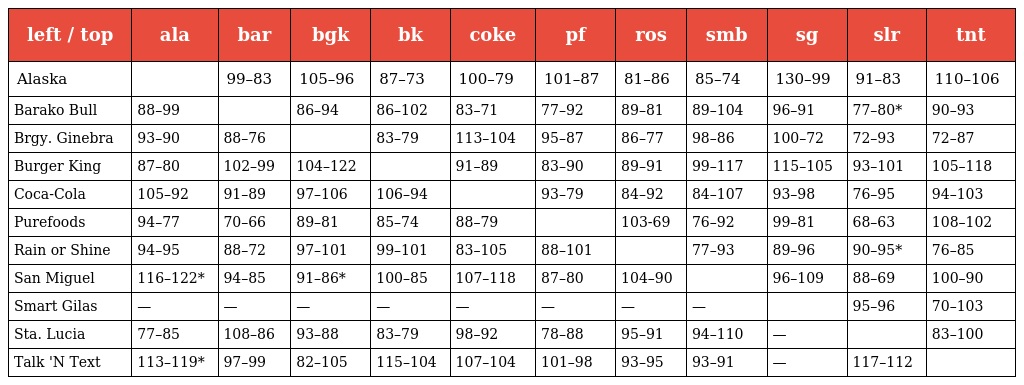
| left / top | ala | bar | bgk | bk | coke | pf | ros | smb | sg | slr | tnt |
 | --- | --- | --- | --- | --- | --- | --- | --- | --- | --- | --- | --- |
 | Alaska |  | 99–83 | 105–96 | 87–73 | 100–79 | 101–87 | 81–86 | 85–74 | 130–99 | 91–83 | 110–106 |
 | Barako Bull | 88–99 |  | 86–94 | 86–102 | 83–71 | 77–92 | 89–81 | 89–104 | 96–91 | 77–80* | 90–93 |
 | Brgy. Ginebra | 93–90 | 88–76 |  | 83–79 | 113–104 | 95–87 | 86–77 | 98–86 | 100–72 | 72–93 | 72–87 |
 | Burger King | 87–80 | 102–99 | 104–122 |  | 91–89 | 83–90 | 89–91 | 99–117 | 115–105 | 93–101 | 105–118 |
 | Coca-Cola | 105–92 | 91–89 | 97–106 | 106–94 |  | 93–79 | 84–92 | 84–107 | 93–98 | 76–95 | 94–103 |
 | Purefoods | 94–77 | 70–66 | 89–81 | 85–74 | 88–79 |  | 103-69 | 76–92 | 99–81 | 68–63 | 108–102 |
 | Rain or Shine | 94–95 | 88–72 | 97–101 | 99–101 | 83–105 | 88–101 |  | 77–93 | 89–96 | 90–95* | 76–85 |
 | San Miguel | 116–122* | 94–85 | 91–86* | 100–85 | 107–118 | 87–80 | 104–90 |  | 96–109 | 88–69 | 100–90 |
 | Smart Gilas | — | — | — | — | — | — | — | — |  | 95–96 | 70–103 |
 | Sta. Lucia | 77–85 | 108–86 | 93–88 | 83–79 | 98–92 | 78–88 | 95–91 | 94–110 | — |  | 83–100 |
 | Talk 'N Text | 113–119* | 97–99 | 82–105 | 115–104 | 107–104 | 101–98 | 93–95 | 93–91 | — | 117–112 |  |